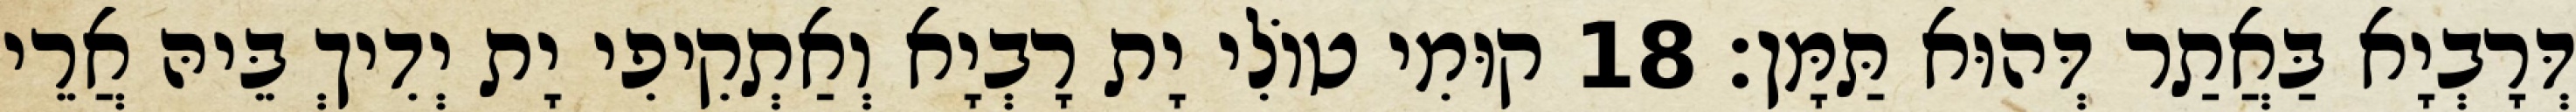
דְּרָבְיָא בַּאֲתַר דְּהוּא תַּמָּן׃ 18 קוּמִי טוֹלִי יָת רָבְיָא וְאַתְקִיפִי יָת יְדִיךְ בֵּיהּ אֲרֵי